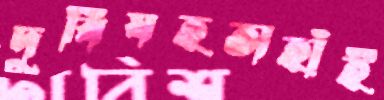
দুর্বিষহতাহাঁই